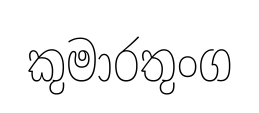
කුමාරතුංග